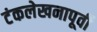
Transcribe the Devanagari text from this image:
टंकलेखनापूर्वी